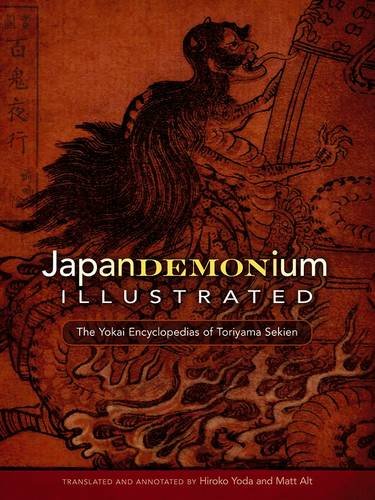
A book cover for Japandemonium Illustrated: The Yokai Encyclopedias of Toriyama Sekien; Toriyama Sekien; History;